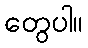
တွေပါ။